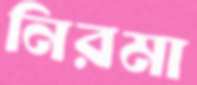
নিরমা